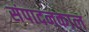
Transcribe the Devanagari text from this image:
संपादनकाल